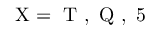
{ \mathrm { X } = \mathrm { ~ T ~ } , \mathrm { ~ Q ~ } , \mathrm { ~ 5 ~ } }